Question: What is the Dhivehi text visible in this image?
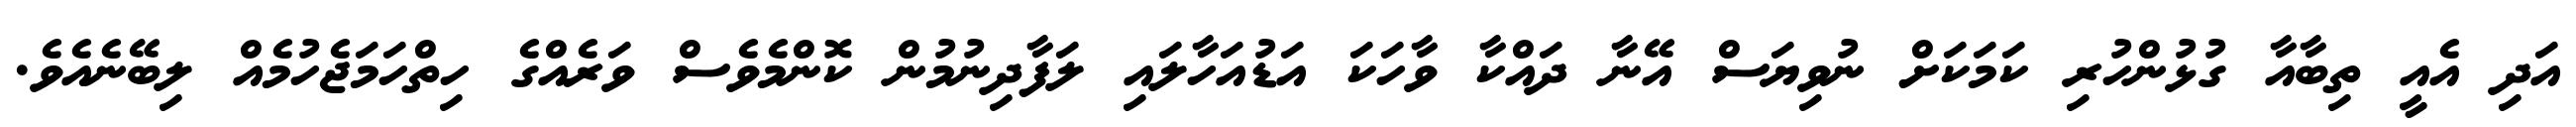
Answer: އަދި އެއީ ތިބާއާ ގުޅުންހުރި ކަމަކަށް ނުވިޔަސް އޭނާ ދައްކާ ވާހަކަ އަޑުއަހާލައި ލަފާދިނުމުން ކޮންމެވެސް ވަރެއްގެ ހިތްހަމަޖެހުމެއް ލިބޭނެއެވެ.